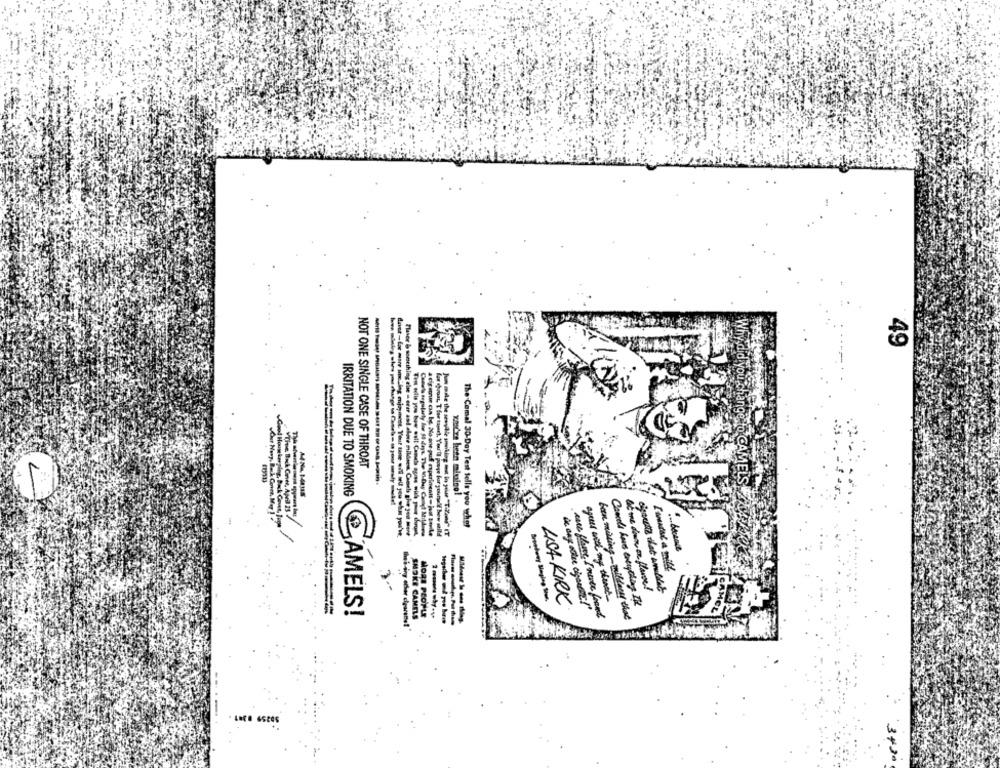
Why did you ch
NOT ONE SINGLE CASE OF THROAT
IRRITATION DUE TO SMOKING
xadve been missing! .
e 10 CAMELS
Good Hounkerging, Dock Covet, Jeg
The Camal 30-Day Test tells you whet
Phaser & something else - erer asi aluse mildees. Cach ghie yes more
a digam can be. No one pull experimentt - ja sevile
Jun mile the senydie smoking ad in your "TZing" IT
I'mthe & milk
let me down on flaute!
Besteny Bloging ten.
egres work my thank
LISA KIRK
Cances have everything I.
AMELS!
MORE PEOPLE
SNOKE CAMELS
ane flanc, I never found
ban minding - wilden that
3+30